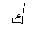
Letter: _kaf